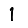
Digit: 1